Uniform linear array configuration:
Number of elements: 4
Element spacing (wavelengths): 0.75
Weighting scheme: exponential
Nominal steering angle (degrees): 0
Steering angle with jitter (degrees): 0.6676
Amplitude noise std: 0.05
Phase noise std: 0.05

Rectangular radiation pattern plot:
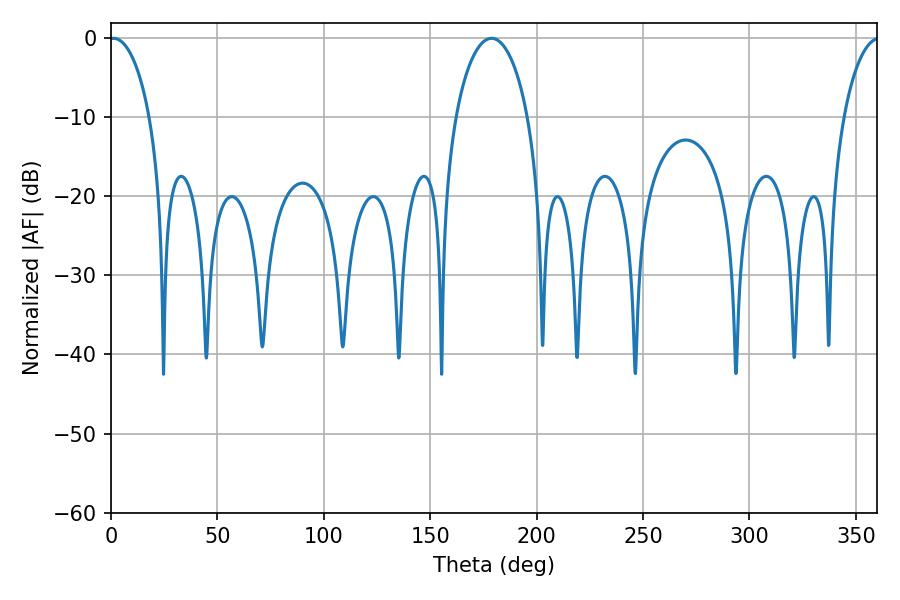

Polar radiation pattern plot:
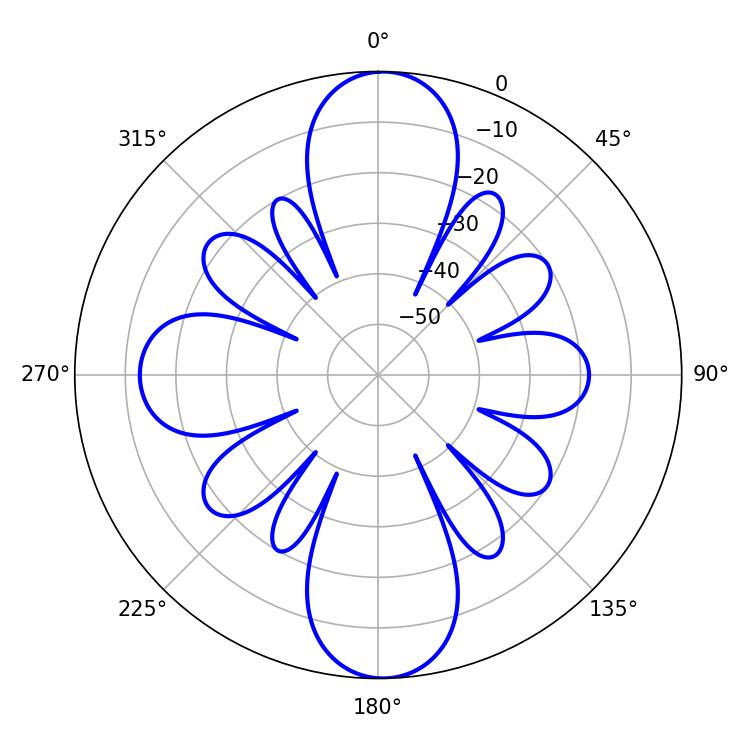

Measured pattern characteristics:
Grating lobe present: TRUE
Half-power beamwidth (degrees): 10.98
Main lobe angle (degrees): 1.26